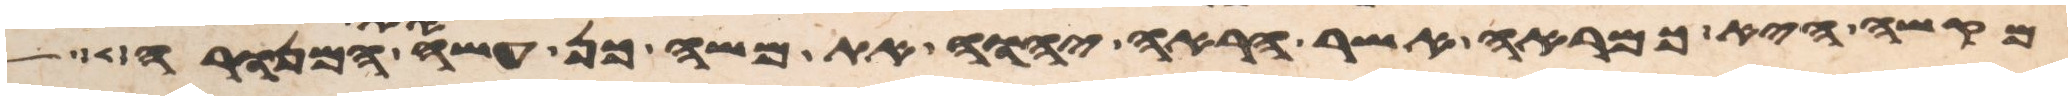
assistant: מקשה היא כמראה אשר הראה יהוה את משה כן עשה את המנורה